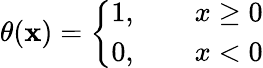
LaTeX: \theta(\mathbf{x})=\left\{ {\begin{array}{ll}{1,\qquad x\geq 0}\\ {0,\qquad x<0}\end{array}}\right.